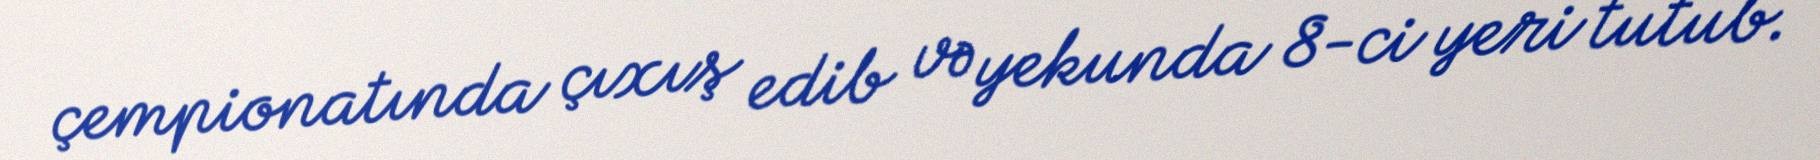
çempionatında çıxış edib və yekunda 8-ci yeri tutub.